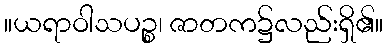
။ယရာဝါသပဉ္စ၊ ဇာတက၌လည်းရှိ၏။